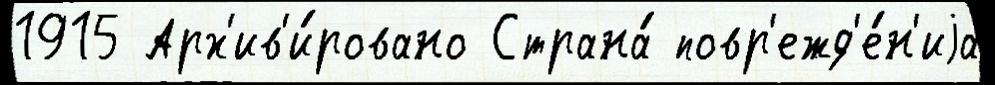
1915 Арх'ив'и́ровано Страна́ повр'ежд'е́н'иjа